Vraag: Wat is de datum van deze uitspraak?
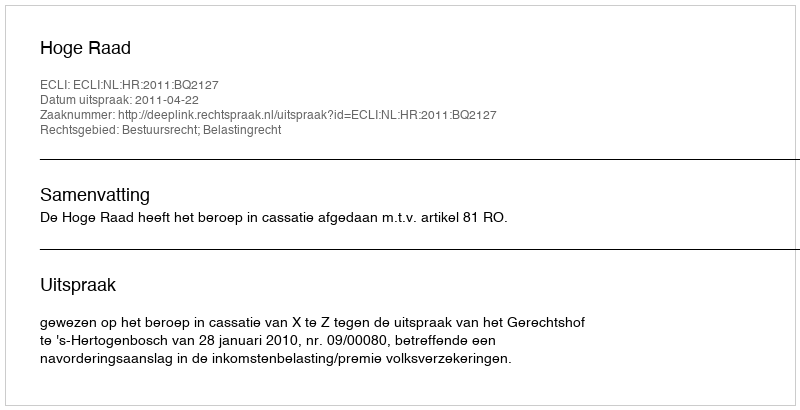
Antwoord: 2011-04-22